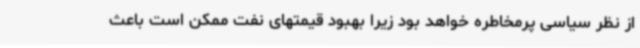
از نظر سیاسی پرمخاطره خواهد بود زیرا بهبود قیمتهای نفت ممکن است باعث